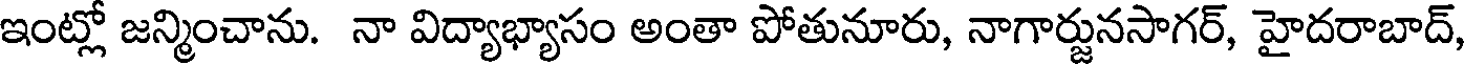
ఇంట్లో జన్మించాను. నా విద్యాభ్యాసం అంతా పోతునూరు, నాగార్జునసాగర్, హైదరాబాద్,